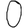
Digit: 0